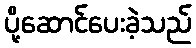
ပို့ဆောင်ပေးခဲ့သည်